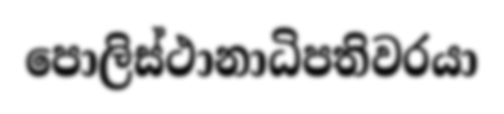
පොලිස්ථානාධිපතිවරයා